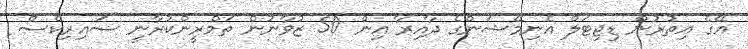
އޭގެ އިތުރުން ޑިޖިޓަލް އެނިމޭޝަންގެ ދާއިރާ އިން 50 ޒުވާނުން ތަމްރީންކުރާނީ ސައިރިކްސް